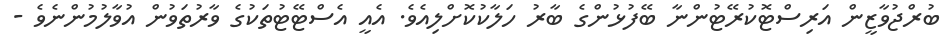
ބުރްޖުވާޒީން އަރިސްޓޮކުރޭޓުންނާ ބޭފުޅުންގެ ބާރު ހަލާކުކޮށްލިއެވެ. އެއީ އެސްޓޭޓުތަކުގެ ވާރުތަވުން އުވާލުމުންނެވެ -